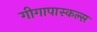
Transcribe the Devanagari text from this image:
गीगापास्कल्स